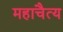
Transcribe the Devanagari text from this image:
महाचैत्‍य